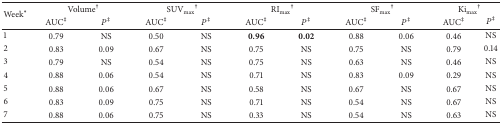
| <ROWSPAN=2> Week* | <COLSPAN=2> Volume† | <COLSPAN=2> SUVmax⁡† | <COLSPAN=2> RImax⁡† | <COLSPAN=2> SFmax⁡† | <COLSPAN=2> Kimax⁡† |
 | AUC‡ | P‡ | AUC‡ | P‡ | AUC‡ | P‡ | AUC‡ | P‡ | AUC‡ | P‡ |
 | --- | --- | --- | --- | --- | --- | --- | --- | --- | --- | --- |
 | 1 | 0.79 | NS | 0.50 | NS | 0.96 | 0.02 | 0.88 | 0.06 | 0.46 | NS |
 | 2 | 0.83 | 0.09 | 0.67 | NS | 0.75 | NS | 0.75 | NS | 0.79 | 0.14 |
 | 3 | 0.79 | NS | 0.54 | NS | 0.75 | NS | 0.63 | NS | 0.46 | NS |
 | 4 | 0.88 | 0.06 | 0.54 | NS | 0.71 | NS | 0.83 | 0.09 | 0.29 | NS |
 | 5 | 0.88 | 0.06 | 0.67 | NS | 0.58 | NS | 0.67 | NS | 0.67 | NS |
 | 6 | 0.83 | 0.09 | 0.75 | NS | 0.71 | NS | 0.54 | NS | 0.67 | NS |
 | 7 | 0.88 | 0.06 | 0.75 | NS | 0.33 | NS | 0.54 | NS | 0.63 | NS |